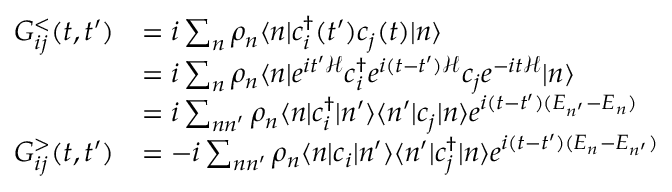
\begin{array} { r l } { G _ { i j } ^ { < } ( t , t ^ { \prime } ) } & { = i \sum _ { n } \rho _ { n } \langle n | c _ { i } ^ { \dagger } ( t ^ { \prime } ) c _ { j } ( t ) | n \rangle } \\ & { = i \sum _ { n } \rho _ { n } \langle n | e ^ { i t ^ { \prime } \mathcal { H } } c _ { i } ^ { \dagger } e ^ { i ( t - t ^ { \prime } ) \mathcal { H } } c _ { j } e ^ { - i t \mathcal { H } } | n \rangle } \\ & { = i \sum _ { n n ^ { \prime } } \rho _ { n } \langle n | c _ { i } ^ { \dagger } | n ^ { \prime } \rangle \langle n ^ { \prime } | c _ { j } | n \rangle e ^ { i ( t - t ^ { \prime } ) ( E _ { n ^ { \prime } } - E _ { n } ) } } \\ { G _ { i j } ^ { > } ( t , t ^ { \prime } ) } & { = - i \sum _ { n n ^ { \prime } } \rho _ { n } \langle n | c _ { i } | n ^ { \prime } \rangle \langle n ^ { \prime } | c _ { j } ^ { \dagger } | n \rangle e ^ { i ( t - t ^ { \prime } ) ( E _ { n } - E _ { n ^ { \prime } } ) } } \end{array}